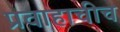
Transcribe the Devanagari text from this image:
प्रवाहाचीच